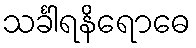
သင်္ခါရနိရောဓေ